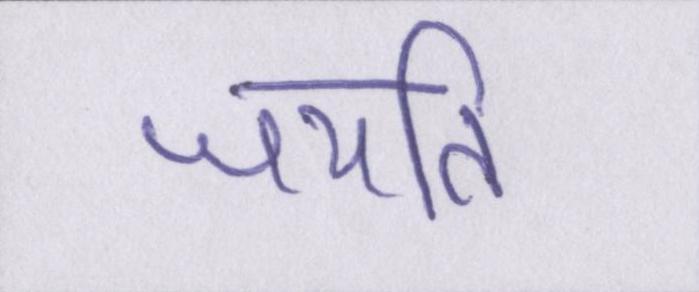
जयति